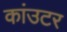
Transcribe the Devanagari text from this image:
कांउटर